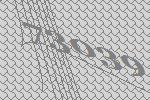
73039